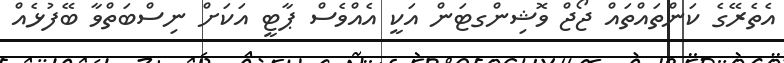
އެތެރޭގެ ކަންތައްތައް ޖޯޖް ވޮޝިންގޓަން އަކީ އެއްވެސް ޕާޓީ އަކަށް ނިސްބަތްވާ ބޭފުޅެއް